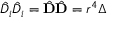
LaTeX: { \hat { D } } _ { i } { \hat { D } } _ { i } = { \hat { \mathbf { D } } } { \hat { \mathbf { D } } } = r ^ { 4 } \Delta